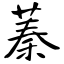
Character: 蓁